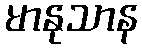
မာနုသာန